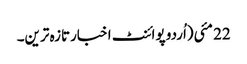
22 مئی(اُردو پوائنٹ اخبارتازہ ترین۔